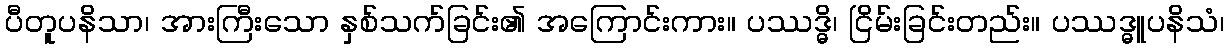
ပီတူပနိသာ၊ အားကြီးသော နှစ်သက်ခြင်း၏ အကြောင်းကား။ ပဿဒ္ဓိ၊ ငြိမ်းခြင်းတည်း။ ပဿဒ္ဓူပနိသံ၊